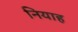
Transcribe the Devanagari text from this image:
नियाह